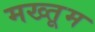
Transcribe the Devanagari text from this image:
मख्तूम